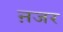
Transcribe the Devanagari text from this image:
ऩजर